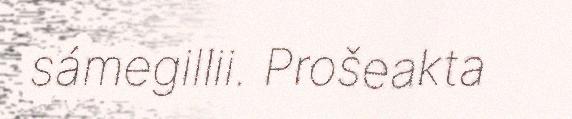
sámegillii. Prošeakta